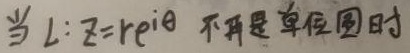
当 $L:z = r e^{i\theta}$ 不再是单位圆时